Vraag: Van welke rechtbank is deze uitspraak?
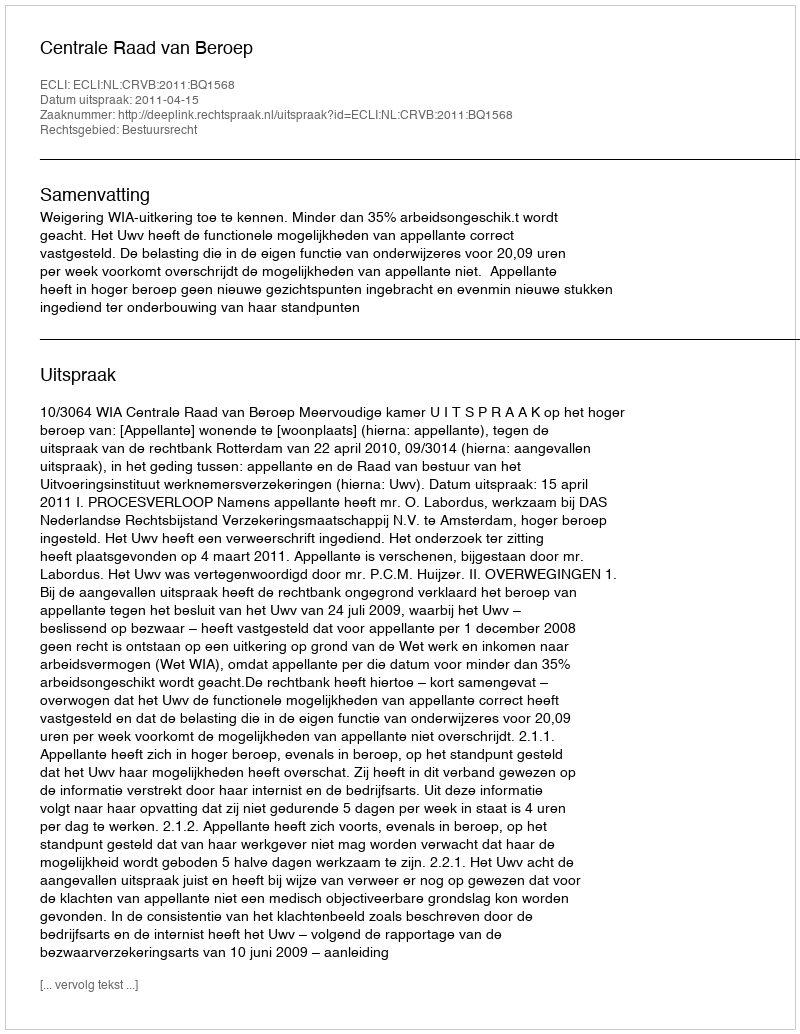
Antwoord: Centrale Raad van Beroep